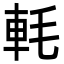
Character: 軞